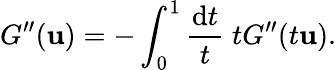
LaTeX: G^{\prime\prime}(\mathbf{u})=-\int_{0}^{1}\frac{{\mathrm{{d}}t}}{{t}}\; tG^{\prime\prime}(t\mathbf{u}).